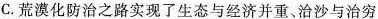
C.荒漠化防治之路实现了生态与经济并重、治沙与治穷